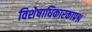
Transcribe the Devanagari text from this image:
विशेषाधिकारकाप्रश्न